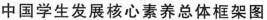
中国学生发展核心素养总体框架图